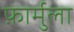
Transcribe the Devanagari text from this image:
फ़ार्मुला